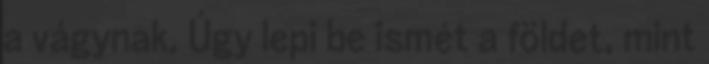
a vágynak, Úgy lepi be ismét a földet, mint